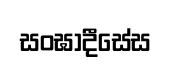
සංඝාදීසේස